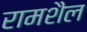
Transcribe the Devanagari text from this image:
रामशैल